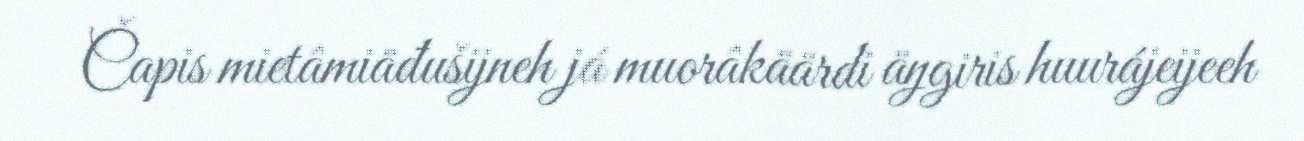
Čapis mietâmiäđušijneh já muorâkäärdi äŋgiris huurájeijeeh